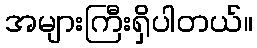
အများကြီးရှိပါတယ်။